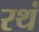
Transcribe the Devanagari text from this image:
रथं